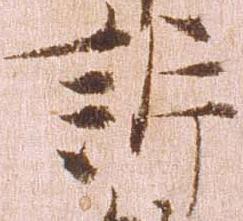
訴